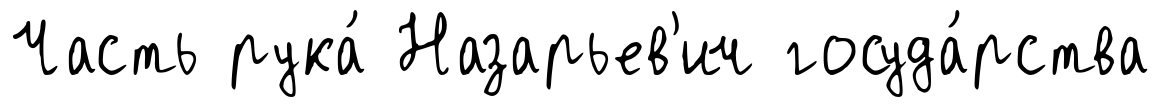
Часть рука́ Назарьев'ич госуда́рства